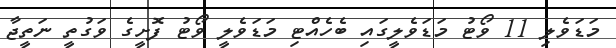
މަޑަވެލި 11 ވޯޓު މަޑަވެލީގައި ބެހެއްޓި މަޑަވެލީ ވޯޓު ފޮށީގެ ވަގުތީ ނަތީޖާ